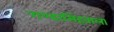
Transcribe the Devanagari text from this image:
गण्डासिंहवाला